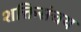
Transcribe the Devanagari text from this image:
शक्तिसंचय